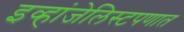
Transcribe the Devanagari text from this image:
इव्हांजेलिस्टपणात